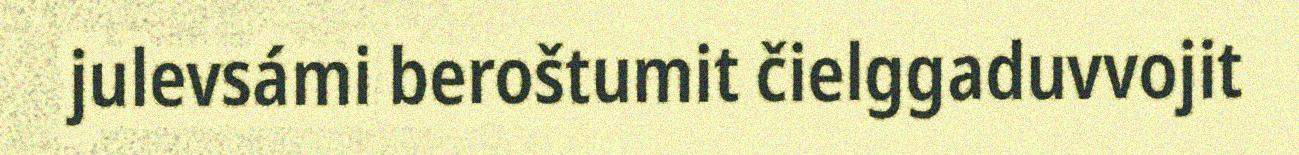
julevsámi beroštumit čielggaduvvojit